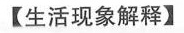
【生活现象解释】